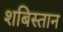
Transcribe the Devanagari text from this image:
शबिस्तान